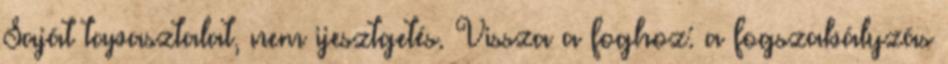
Saját tapasztalat, nem ijesztgetés. Vissza a foghoz: a fogszabályzás